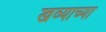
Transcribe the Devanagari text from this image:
खव्याच्या